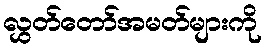
လွှတ်တော်အမတ်များကို